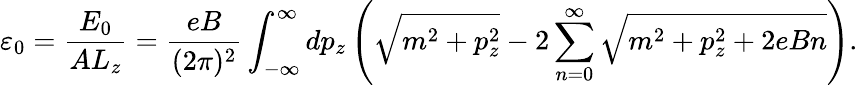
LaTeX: \varepsilon_{0}=\frac{E_{0}}{AL_{z}}=\frac{eB}{(2\pi)^{2}}\int_{-\infty}^{\infty}dp_{z}\left(\sqrt{m^{2}+p_{z}^{2}}-2\sum_{n=0}^{\infty}\sqrt{m^{2}+p_{z}^{2}+2eBn}\right).